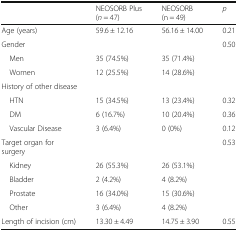
|  | NEOSORB Plus (n = 47) | NEOSORB (n = 49) | p |
 | --- | --- | --- | --- |
 | Age (years) | 59.6 ± 12.16 | 56.16 ± 14.00 | 0.21 |
 | Gender |  |  | 0.50 |
 | Men | 35 (74.5%) | 35 (71.4%) |  |
 | Women | 12 (25.5%) | 14 (28.6%) |  |
 | <COLSPAN=4> History of other disease |
 | HTN | 15 (34.5%) | 13 (23.4%) | 0.32 |
 | DM | 6 (16.7%) | 10 (20.4%) | 0.36 |
 | Vascular Disease | 3 (6.4%) | 0 (0%) | 0.12 |
 | Target organ for surgery |  |  | 0.53 |
 | Kidney | 26 (55.3%) | 26 (53.1%) |  |
 | Bladder | 2 (4.2%) | 4 (8.2%) |  |
 | Prostate | 16 (34.0%) | 15 (30.6%) |  |
 | Other | 3 (6.4%) | 4 (8.2%) |  |
 | Length of incision (cm) | 13.30 ± 4.49 | 14.75 ± 3.90 | 0.55 |